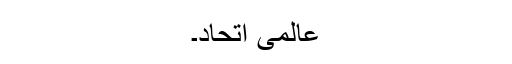
عالمی اتحاد۔